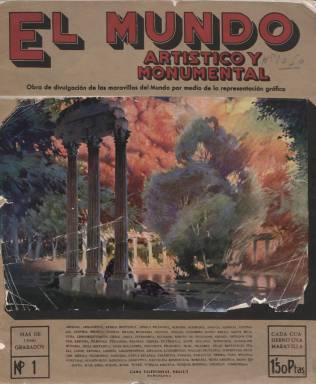
Título: El Mundo artístico y monumental
Colección: Revistas turísticas y de viajes
Ámbito geográfico: Barcelona
Lugar de publicación: Barcelona
Fechas: 01/01/1920-31/12/1920

“Obra de divulgación de las maravillas del mundo por medio de la representación gráfica” es el subtítulo de esta publicación numerada, pero sin indicación de fecha, que consta de 78 cuadernos en un formato casi apaisado (21 x 28 cm) e impresos en papel cuché, generalmente, cada uno de una docena de páginas, sin foliación, y cuya colección la integran dos tomos. Es obra de la barcelonesa Casa Editorial Seguí y cada una de sus páginas contiene al menos dos fotografías en blanco y negro de la época con sus correspondientes pies, con una breve descripción textual. Cada entrega o cuaderno lleva una cubierta ocupada íntegramente por una ilustración, generalmente un dibujo firmado por R. Costa y a veces estampada con tintas de color.

En cada cubierta indica también, por orden alfabético, los numerosos países de los cinco continentes a los que se referirán las fotografías que irá publicando, desde Abisinia a Venezuela. Estos fotograbados, de gran calidad y sin indicación de autor, son instantáneas de edificios singulares y monumentales, como catedrales, basílicas, iglesias, castillos, palacios, torres, teatros, ruinas arqueológicas, pirámides, plazas, avenidas, caminos y calles, jardines, mercados, salones o mezquitas, así como vistas parciales y aéreas de ciudades. Entre sus fotograbados se hallan también los  relativos a parajes naturales, como glaciares, desiertos, montañas, lagos, ríos, bahías marítimas o pueblos y aldeas pintorescas, viviendas de indígenas o de grupos étnicos.

El propósito de la obra –se indica en su presentación– fue dar a la estampa las grandes “bellezas y maravillas del mundo”, tanto naturales como creadas por la mano del hombre, entre ciudades de “ensueño”, paisajes únicos o tipos “exóticos”, por lo que recorrer sus páginas es como “emprender un viaje fantástico, a través de naciones, países y continentes… islas lejanas y paradisíacas… los monumentos cargados de gloria” de países como Italia, Alemania, Inglaterra o los del norte de Europa, o España mismo, con espacios como su aljama cordobesa, las sinagogas toledanas, el alcázar granadino o la colegiata leonesa, pero también de países de Oriente, como Egipto, la India, Ceilán, China, Japón, Filipinas, o de América, como Estados Unidos, México, Cuba, Perú, Brasil, o del norte de África y otros espacios de este continente.